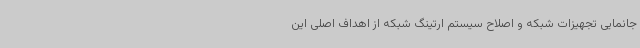
جانمایی تجهیزات شبکه و اصلاح سیستم ارتینگ شبکه از اهداف اصلی این